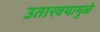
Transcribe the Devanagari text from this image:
उतारवयामुळे